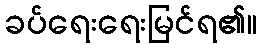
ခပ်ရေးရေးမြင်ရ၏။